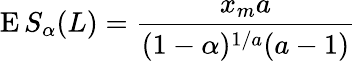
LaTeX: \operatorname{E}S_{\alpha}(L)={\frac{x_{m}a}{(1-\alpha)^{1/a}(a-1)}}